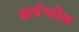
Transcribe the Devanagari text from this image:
सार्धश्लोक